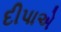
દીપાએ